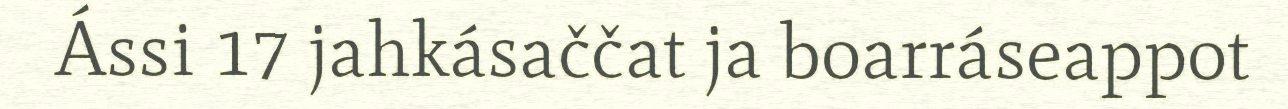
Ássi 17 jahkásaččat ja boarráseappot